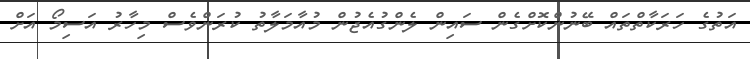
އަތުގެ ހަރަކާތްތައް ބޭނުންކޮށްގެން ސައިން ލެންގުއެޖުން މުއާމަލާތު ކުރަންވެސް މިހާރު އަސިމޯ އަށް